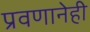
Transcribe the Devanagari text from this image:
प्रवणानेही